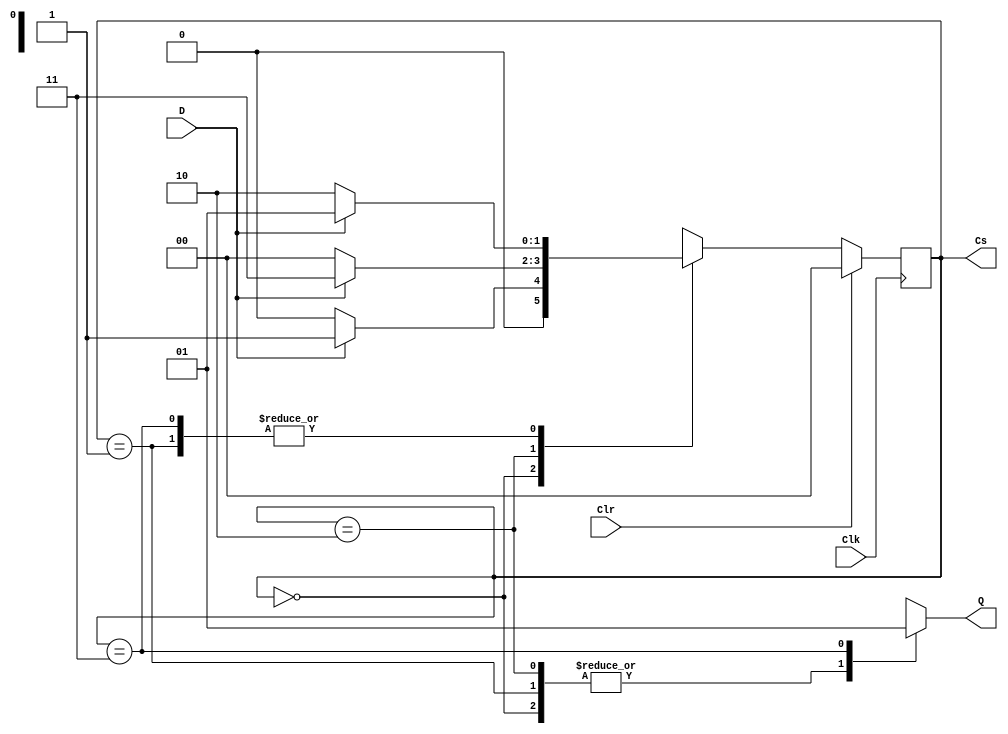
// Ch08 moore.v
// A (101r)

module moore (Clk, Clr, D, Q, Cs);
input  Clk, Clr, D;		// @J
output Q;			// @X 
output [1:0] Cs;		// GX
reg    Q;			// is
reg    [1:0] Cs, Ns;		// is
parameter [1:0]			// iA,GisX
 S0=2'b00, S1=2'b01, S2=2'b10, S3=2'b11;

// Wto,WtPBM, Vq
always@ (posedge Clk)
  if (Clr) Cs = S0;		// _lA
  else     Cs = Ns;		// @A

// Mw@A Ns PX Q, Xq
always @ (Cs or D)
  case (Cs)
    S0 : begin
           Q = 0;
           if (D == 0)  Ns = S0;
           else       	Ns = S1;
         end
    S1 : begin
	   Q = 0;
	   if (D == 0)  Ns = S2;
           else	    	Ns = S1;
         end
    S2 : begin
           Q = 0;
           if (D == 0)  Ns = S0;
           else       	Ns = S3;
         end	         
    S3 : begin
           Q = 1;
           if (D == 0)	Ns = S2;
           else	    	Ns = S1;
         end
  endcase

endmodule